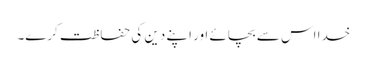
خدا اس سے بچائے اور اپنے دین کی حفاظت کرے۔